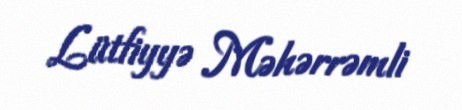
Lütfiyyə Məhərrəmli